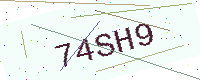
Text: 74SH9